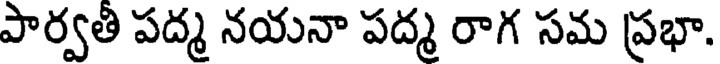
పార్వతి పద్మ నయనా పద్మ రాగ సమ ప్రభా.